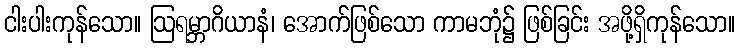
ငါးပါးကုန်သော။ ဩရမ္ဘာဂိယာနံ၊ အောက်ဖြစ်သော ကာမဘုံ၌ ဖြစ်ခြင်း အဖို့ရှိကုန်သော။